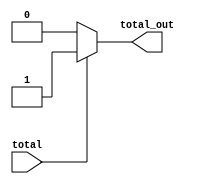
`timescale 1ns / 1ps
//////////////////////////////////////////////////////////////////////////////////
// Company: 
// Engineer: 
// 
// Design Name: 
// Module Name: total_sales
// Project Name: 
// Target Devices: 
// Tool Versions: 
// Description: 
// 
// Dependencies: 
// 
// Revision:
// Revision 0.01 - File Created
// Additional Comments:
// 
//////////////////////////////////////////////////////////////////////////////////


module total_sales(
input total,//
output reg total_out//

    );
    always@*
    begin
    if(total)
    total_out<=1;
    else
    total_out<=0;
    end
endmodule